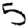
Digit: 5